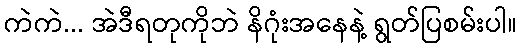
ကဲကဲ... အဲဒီရတုကိုဘဲ နိဂုံးအနေနဲ့ ရွတ်ပြစမ်းပါ။